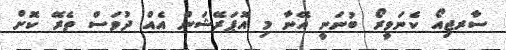
ސާރޖިއޯ ކެނަވީރޯ ބުނަނީ އޭނާ މި އޮޕަރޭޝަން އެއް ދުވަސް ތެރޭ ކޮށް